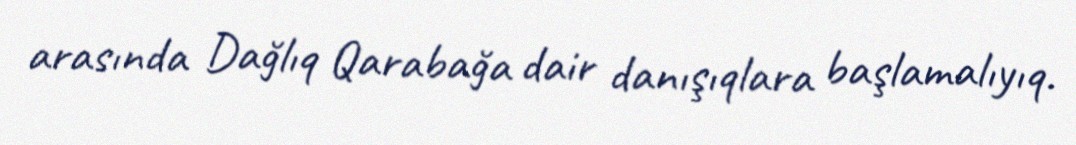
arasında Dağlıq Qarabağa dair danışıqlara başlamalıyıq.